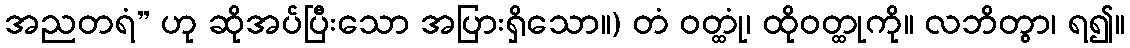
အညတရံ” ဟု ဆိုအပ်ပြီးသော အပြားရှိသော။) တံ ဝတ္ထုံ၊ ထိုဝတ္ထုကို။ လဘိတွာ၊ ရ၍။